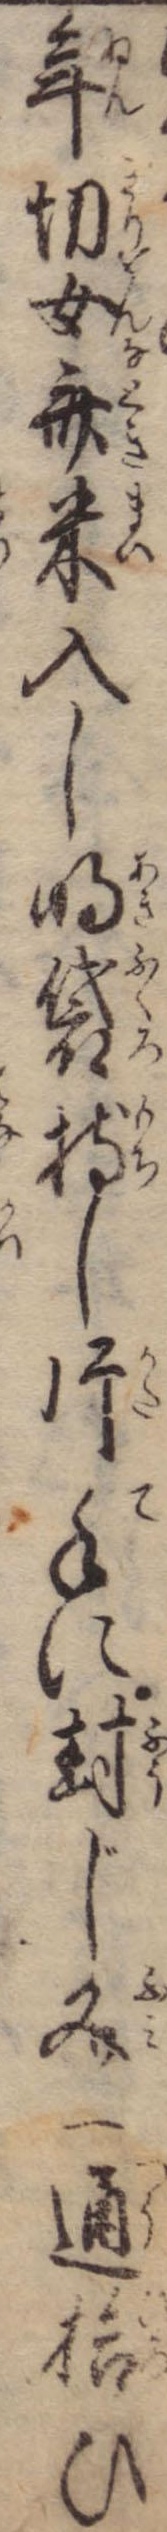
年切女斎米入し明袋持し片手に封じ文一通拾ひ